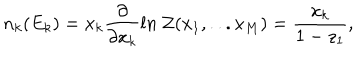
n _ { k } ( E _ { k } ) = x _ { k } \frac { \partial } { \partial x _ { k } } l n \, { \cal Z } ( x _ { 1 } , . . . x _ { M } ) = \frac { x _ { k } } { 1 - z _ { 1 } } ,